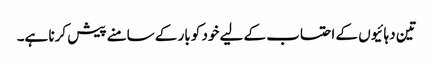
تین دہائیوں کے احتساب کے لیے خود کو بار کے سامنے پیش کرنا ہے۔